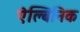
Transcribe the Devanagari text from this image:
ऐल्बिनिक